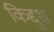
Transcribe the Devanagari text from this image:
किद्दुश